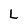
Character: L